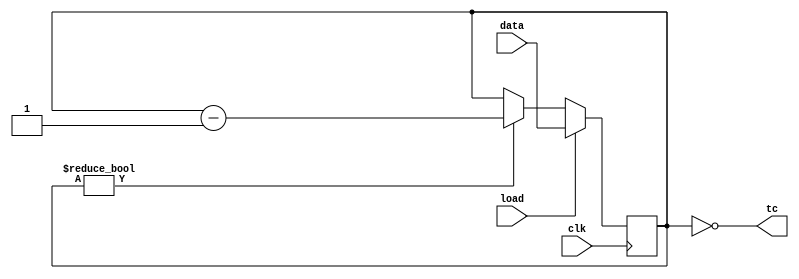
module top_module(
  input clk,
  input load,
  input [9:0] data,
  output tc
);
  reg [9:0] data_;

  always @(posedge clk) begin
    if (load) begin
      data_ <= data;
    end else if (data_ != 10'b0)begin
      data_ <= data_ - 10'b1;
    end
  end

  assign tc = data_== 10'b0;
endmodule